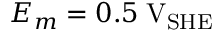
E _ { m } = 0 . 5 \; \mathrm { V } _ { \mathrm { S H E } }